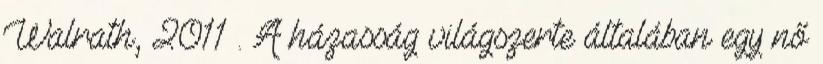
Walrath, 2011 . A házasság világszerte általában egy nő